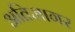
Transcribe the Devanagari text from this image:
अतिजागर